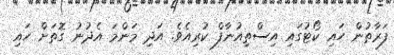
ފަރާތުން ހައި ކޯޓުގައި އިސްތިއުނާފް ކުރިއެވެ. އަދި މަންމަ އެދުނު ގޮތަށް ހައި